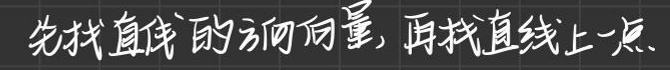
先找直线的方向向量，再找直线上一点。